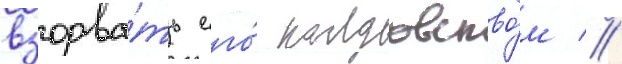
взорва́ть его́ колдовство́м //